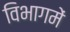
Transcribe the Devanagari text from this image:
विभागमें